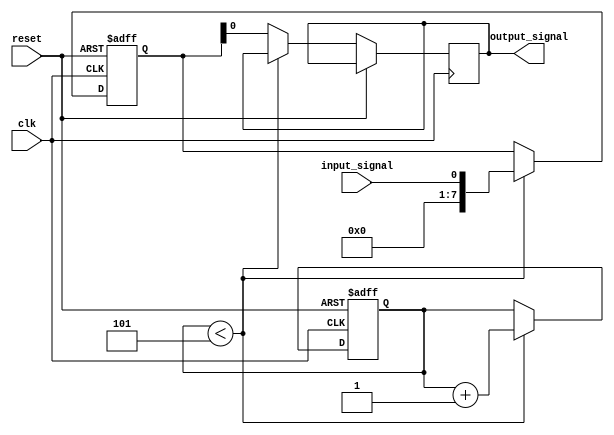
module Buffer_Delay (
    input wire clk,          // Clock signal
    input wire reset,        // Reset signal
    input wire input_signal, // Input signal to be delayed
    output reg output_signal // Delayed output signal
);

reg [7:0] buffer_reg; // 8-bit register to store input signal
reg [7:0] delay = 8'h05; // 8-bit delay value
reg [7:0] counter = 8'h00; // 8-bit counter for delay
reg delay_finished; // Delay completion flag

always @(posedge clk or posedge reset) begin
    if (reset) begin
        buffer_reg <= 8'b0;
        counter <= 8'b0;
        delay_finished <= 1'b0;
    end else begin
        if (counter < delay) begin
            buffer_reg <= input_signal;
            counter <= counter + 1;
        end else begin
            output_signal <= buffer_reg;
            delay_finished <= 1'b1;
        end
    end
end

endmodule